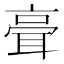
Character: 𦕺